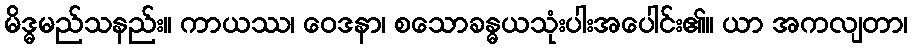
မိဒ္ဓမည်သနည်း။ ကာယဿ၊ ဝေဒနာ၊ စသောခန္ဓယသုံးပါးအပေါင်း၏။ ယာ အကလျတာ၊